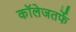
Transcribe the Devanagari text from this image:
कॉलेजतर्फे